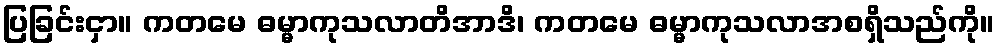
ပြခြင်းငှာ။ ကတမေ ဓမ္မာကုသလာတိအာဒိ၊ ကတမေ ဓမ္မာကုသလာအစရှိသည်ကို။